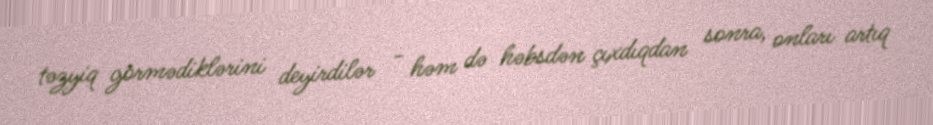
təzyiq görmədiklərini deyirdilər - həm də həbsdən çıxdıqdan sonra, onları artıq